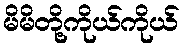
မိမိတို့ကိုယ်ကိုယ်